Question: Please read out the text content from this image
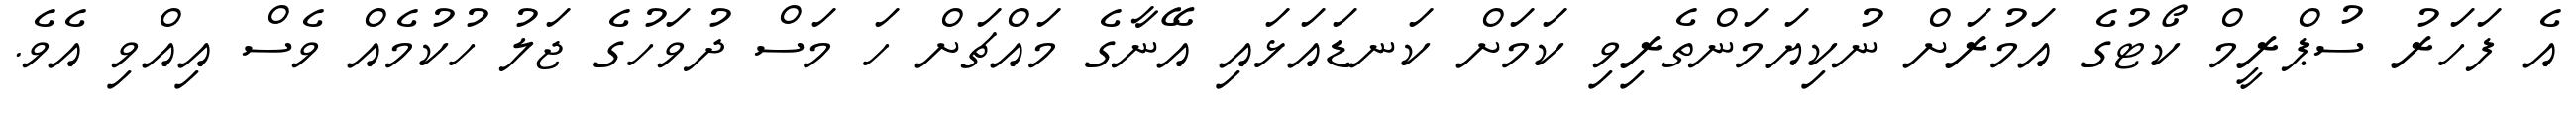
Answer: އެ ފަހަރު ސުޕްރީމް ކޯޓުގެ އަމުރަށް ނުކިޔަމަންތެރިވި ކަމަށް ކަނޑައަޅައި އޭނާގެ މައްޗަށް ހަ މަސް ދުވަހުގެ ޖަލު ހުކުމެއް ވެސް އިއްވި އެވެ.